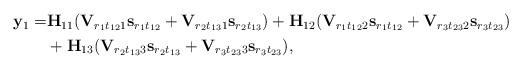
LaTeX: \begin{align*}\begin{aligned} {\bf y}_1=&{\bf H}_{11}({\bf V}_{r_{1}t_{12}1}{\bf s}_{r_1t_{12}}+{\bf V}_{r_{2}t_{13}1}{\bf s}_{r_2t_{13}})+{\bf H}_{12}({\bf V}_{r_{1}t_{12}2}{\bf s}_{r_1t_{12}}+{\bf V}_{r_{3}t_{23}2}{\bf s}_{r_3t_{23}})\\ &+{\bf H}_{13}({\bf V}_{r_{2}t_{13}3}{\bf s}_{r_2t_{13}}+{\bf V}_{r_{3}t_{23}3}{\bf s}_{r_3t_{23}}),\end{aligned}\end{align*}